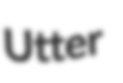
Utter